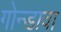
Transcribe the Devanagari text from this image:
गोन्डावा